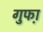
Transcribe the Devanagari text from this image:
गुफा़